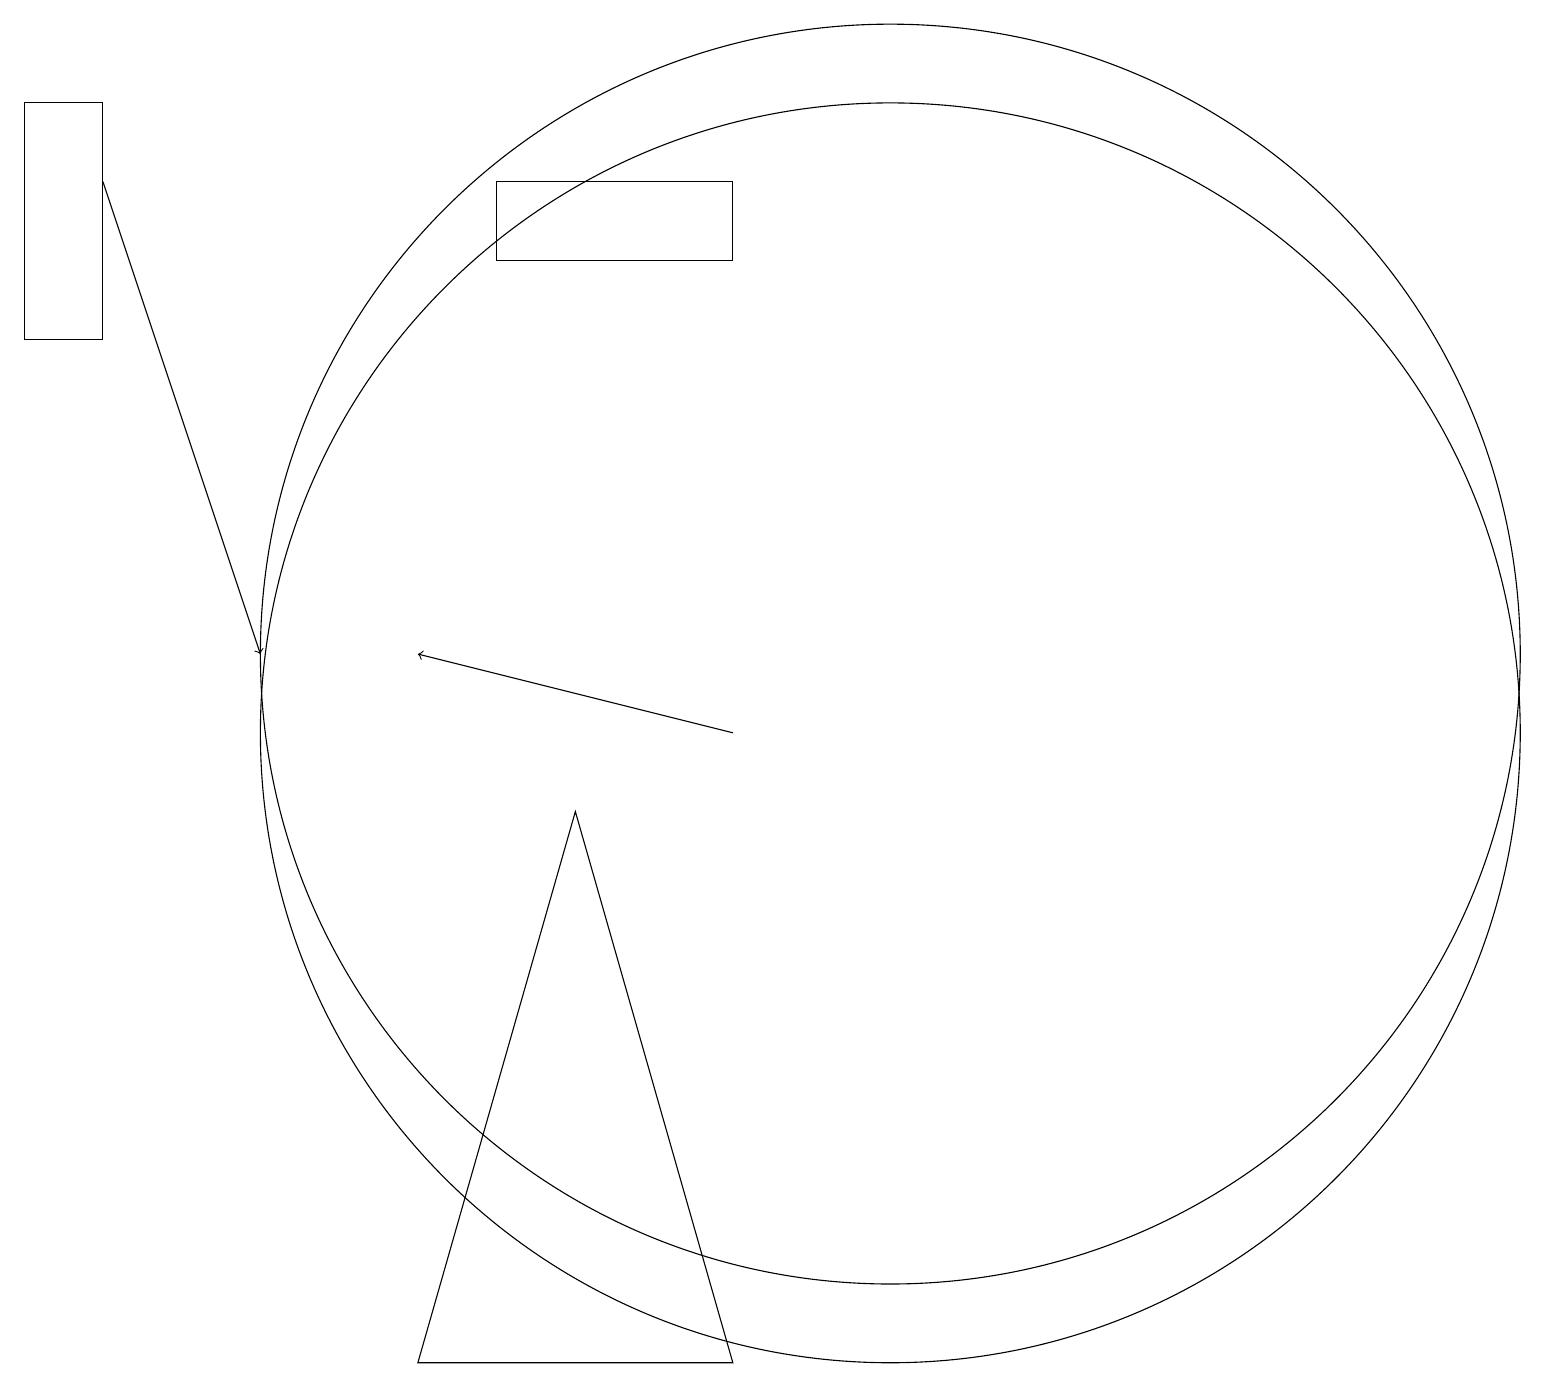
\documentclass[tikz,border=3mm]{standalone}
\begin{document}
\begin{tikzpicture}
\draw (11,10) circle (8);
\draw (9,16) rectangle (6,17);
\draw (9,2) -- (7,9) -- (5,2) -- cycle;
\draw[->] (9,10) -- (5,11);
\draw (11,11) circle (8);
\draw (0,18) rectangle (1,15);
\draw[->] (1,17) -- (3,11);
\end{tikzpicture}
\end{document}